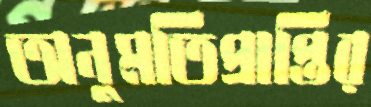
অনুমতিপ্রাপ্তির